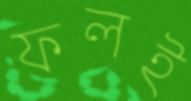
ফলই